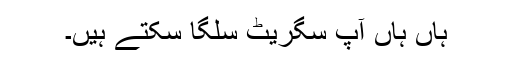
ہاں ہاں آپ سگریٹ سلگا سکتے ہیں۔